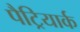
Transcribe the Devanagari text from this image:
पैट्रियार्क